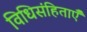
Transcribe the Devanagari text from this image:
विधिसंहिताएँ